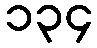
၁၃၄